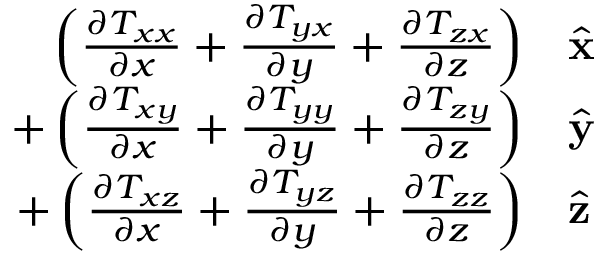
{ \begin{array} { r l } { \left( { \frac { \partial T _ { x x } } { \partial x } } + { \frac { \partial T _ { y x } } { \partial y } } + { \frac { \partial T _ { z x } } { \partial z } } \right) } & { { \hat { \mathbf { x } } } } \\ { + \left( { \frac { \partial T _ { x y } } { \partial x } } + { \frac { \partial T _ { y y } } { \partial y } } + { \frac { \partial T _ { z y } } { \partial z } } \right) } & { { \hat { \mathbf { y } } } } \\ { + \left( { \frac { \partial T _ { x z } } { \partial x } } + { \frac { \partial T _ { y z } } { \partial y } } + { \frac { \partial T _ { z z } } { \partial z } } \right) } & { { \hat { \mathbf { z } } } } \end{array} }